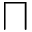
\sqcap